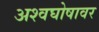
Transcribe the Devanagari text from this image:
अश्वघोषावर